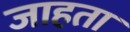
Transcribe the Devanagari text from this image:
जाहता